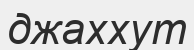
джаххут